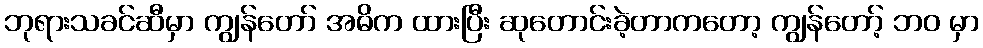
ဘုရားသခင်ဆီမှာ ကျွန်တော် အဓိက ထားပြီး ဆုတောင်းခဲ့တာကတော့ ကျွန်တော့် ဘဝ မှာ